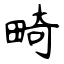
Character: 畸